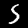
Label: 5